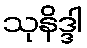
သုနိဒ္ဒါ